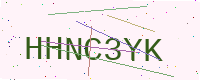
Text: HHNC3YK